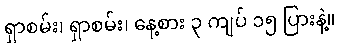
ရှာစမ်း၊ ရှာစမ်း၊ နေ့စား ၃ ကျပ် ၁၅ ပြားနဲ့။